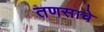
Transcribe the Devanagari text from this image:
तणसाचे